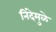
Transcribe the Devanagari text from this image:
निंदेमुळे